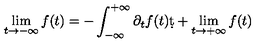
\lim _ { t \rightarrow - \infty } f ( t ) = - \int _ { - \infty } ^ { + \infty } \partial _ { t } f ( t ) \d t + \lim _ { t \rightarrow + \infty } f ( t )